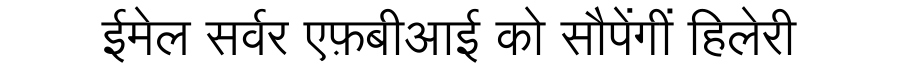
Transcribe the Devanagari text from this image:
ईमेल सर्वर एफ़बीआई को सौपेंगीं हिलेरी